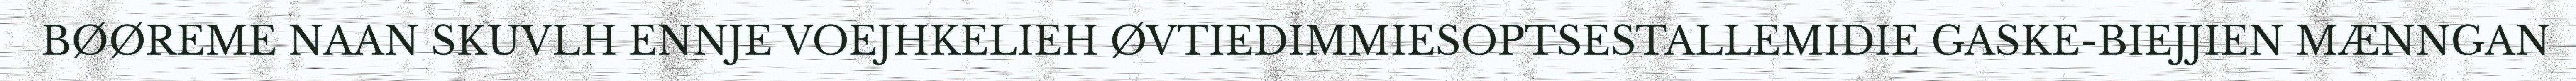
BØØREME NAAN SKUVLH ENNJE VOEJHKELIEH ØVTIEDIMMIESOPTSESTALLEMIDIE GASKE-BIEJJIEN MÆNNGAN